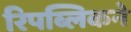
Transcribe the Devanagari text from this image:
रिपब्लिकने